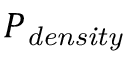
P _ { \it d e n s i t y }